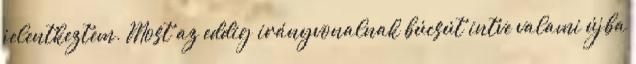
jelentkeztem. Most az eddig irányvonalnak búcsút intve valami újba